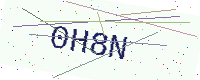
Text: 0H8N